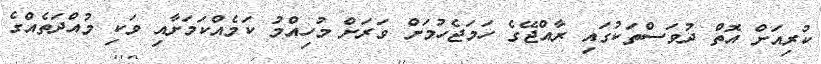
ކުރިއަށް އޮތް ދުވަސްތަކުގައި ރާއްޖޭގެ ހަމަޖެހުމަށް ވަރަށް މުހިއްމު ކަމެއްކަމަށާއި ވަކި މުއްދަތެއްގެ